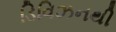
ડિવિઝનથી